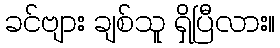
ခင်ဗျား ချစ်သူ ရှိပြီလား။